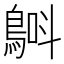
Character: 𲍢